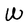
Character: W